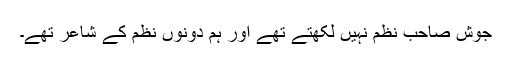
جوش صاحب نظم نہیں لکھتے تھے اور ہم دونوں نظم کے شاعر تھے۔